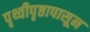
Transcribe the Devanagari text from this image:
पृथ्वीपृष्ठापासून